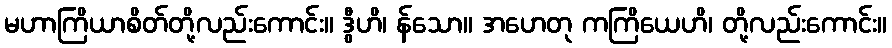
မဟာကြိယာစိတ်တို့လည်းကောင်း။ ဒွီဟိ၊ န်သော။ အဟေတု ကကြိယေဟိ၊ တို့လည်းကောင်း။